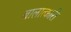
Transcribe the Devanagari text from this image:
बालात्कारी